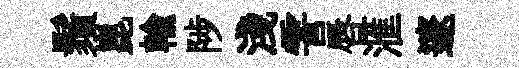
鬚崑輸陟淺霅唇滙邃